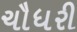
ચૌધરી